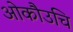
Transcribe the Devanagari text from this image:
ओकौउचि